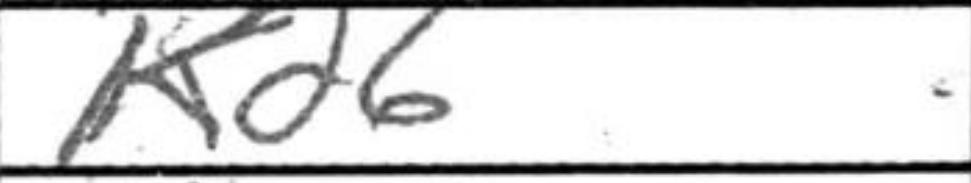
Transcription: Kd6